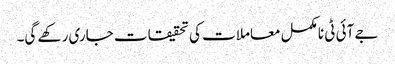
جے آئی ٹی نامکمل معاملات کی تحقیقات جاری رکھے گی۔